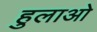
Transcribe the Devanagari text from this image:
हुलाओ